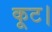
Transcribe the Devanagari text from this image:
कूट।